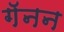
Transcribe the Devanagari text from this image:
गॅनन